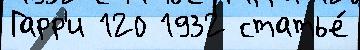
Гарр'и 120 1932 статье́